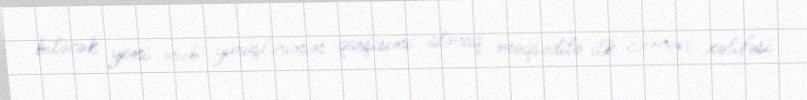
biləcək yeni ərəb yürüşlərinin qarşısını almaq məqsədilə ilk Əməvi xəlifəsi